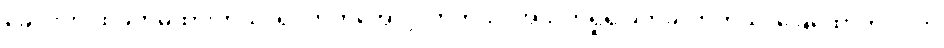
ခေါင်းကို ထိခိုက်မိထားတယ်၊ ရင်ဘတ်အောင့်လာတယ်၊ အသက်ရှုရ ခက်ခဲလာတယ်၊ ခြေထောက်၊လက်